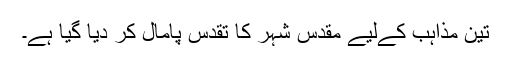
تین مذاہب کےلیے مقدس شہر کا تقدس پامال کر دیا گیا ہے۔